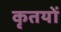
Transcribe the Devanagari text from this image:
कृतयों